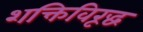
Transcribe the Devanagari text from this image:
शक्तिविरूद्ध